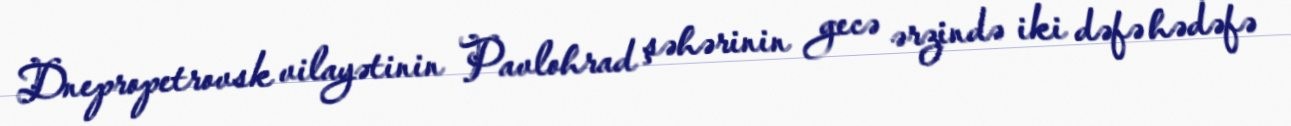
Dnepropetrovsk vilayətinin Pavlohrad şəhərinin gecə ərzində iki dəfə hədəfə